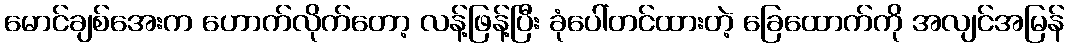
မောင်ချစ်အေးက ဟောက်လိုက်တော့ လန့်ဖြန့်ပြီး ခုံပေါ်တင်ထားတဲ့ ခြေထောက်ကို အလျင်အမြန်